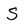
Character: S